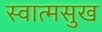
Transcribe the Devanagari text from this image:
स्वात्मसुख